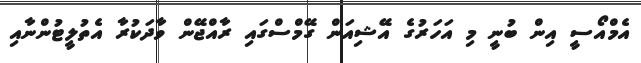
އެމްއޯސީ އިން ބުނީ މި އަހަރުގެ އޭޝިއަން ގޭމްސްގައި ރާއްޖޭން ވާދަކުރާ އެތުލީޓުންނާއި